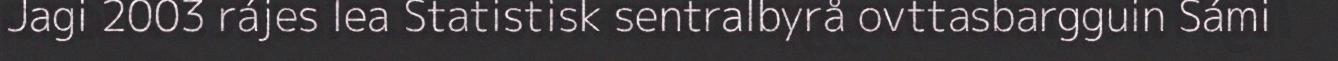
Jagi 2003 rájes lea Statistisk sentralbyrå ovttasbargguin Sámi